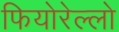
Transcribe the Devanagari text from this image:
फियोरेल्‍लो